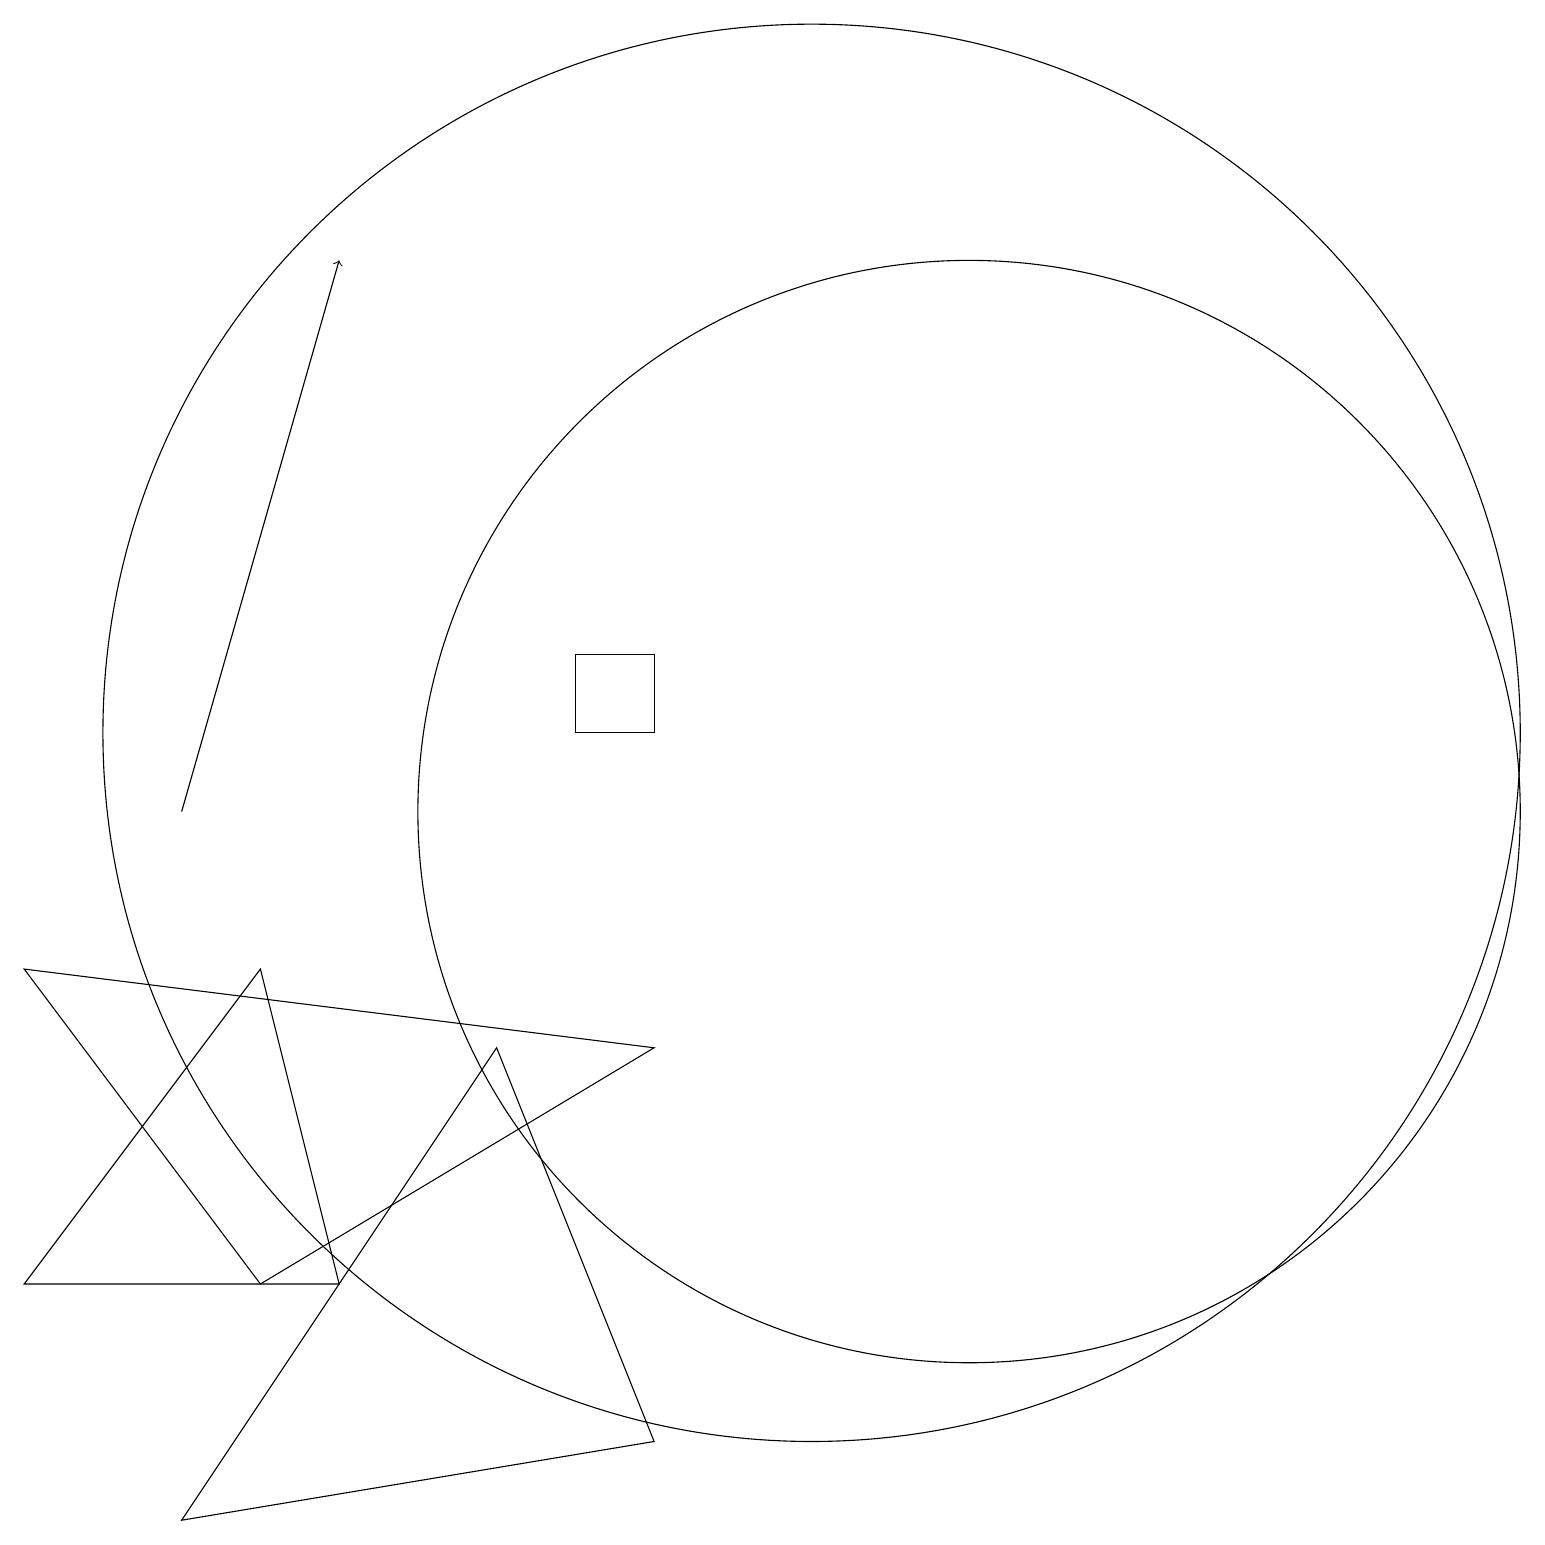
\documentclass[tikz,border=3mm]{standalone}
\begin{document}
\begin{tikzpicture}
\draw[->] (2,10) -- (4,17);
\draw (10,11) circle (9);
\draw (12,10) circle (7);
\draw (8,2) -- (2,1) -- (6,7) -- cycle;
\draw (3,4) -- (0,8) -- (8,7) -- cycle;
\draw (3,8) -- (4,4) -- (0,4) -- cycle;
\draw (7,11) rectangle (8,12);
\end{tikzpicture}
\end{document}